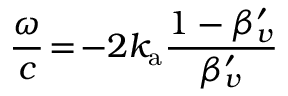
\frac { \omega } { c } \! = \! - 2 k _ { \mathrm { a } } \frac { 1 - \beta _ { v } ^ { \prime } } { \beta _ { v } ^ { \prime } }